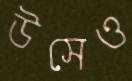
উসেও